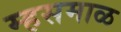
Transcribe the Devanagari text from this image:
म्हसमाळ